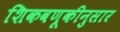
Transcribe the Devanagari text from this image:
शिकवणूकीनुसार